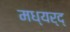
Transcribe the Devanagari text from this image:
मध्यर्द्